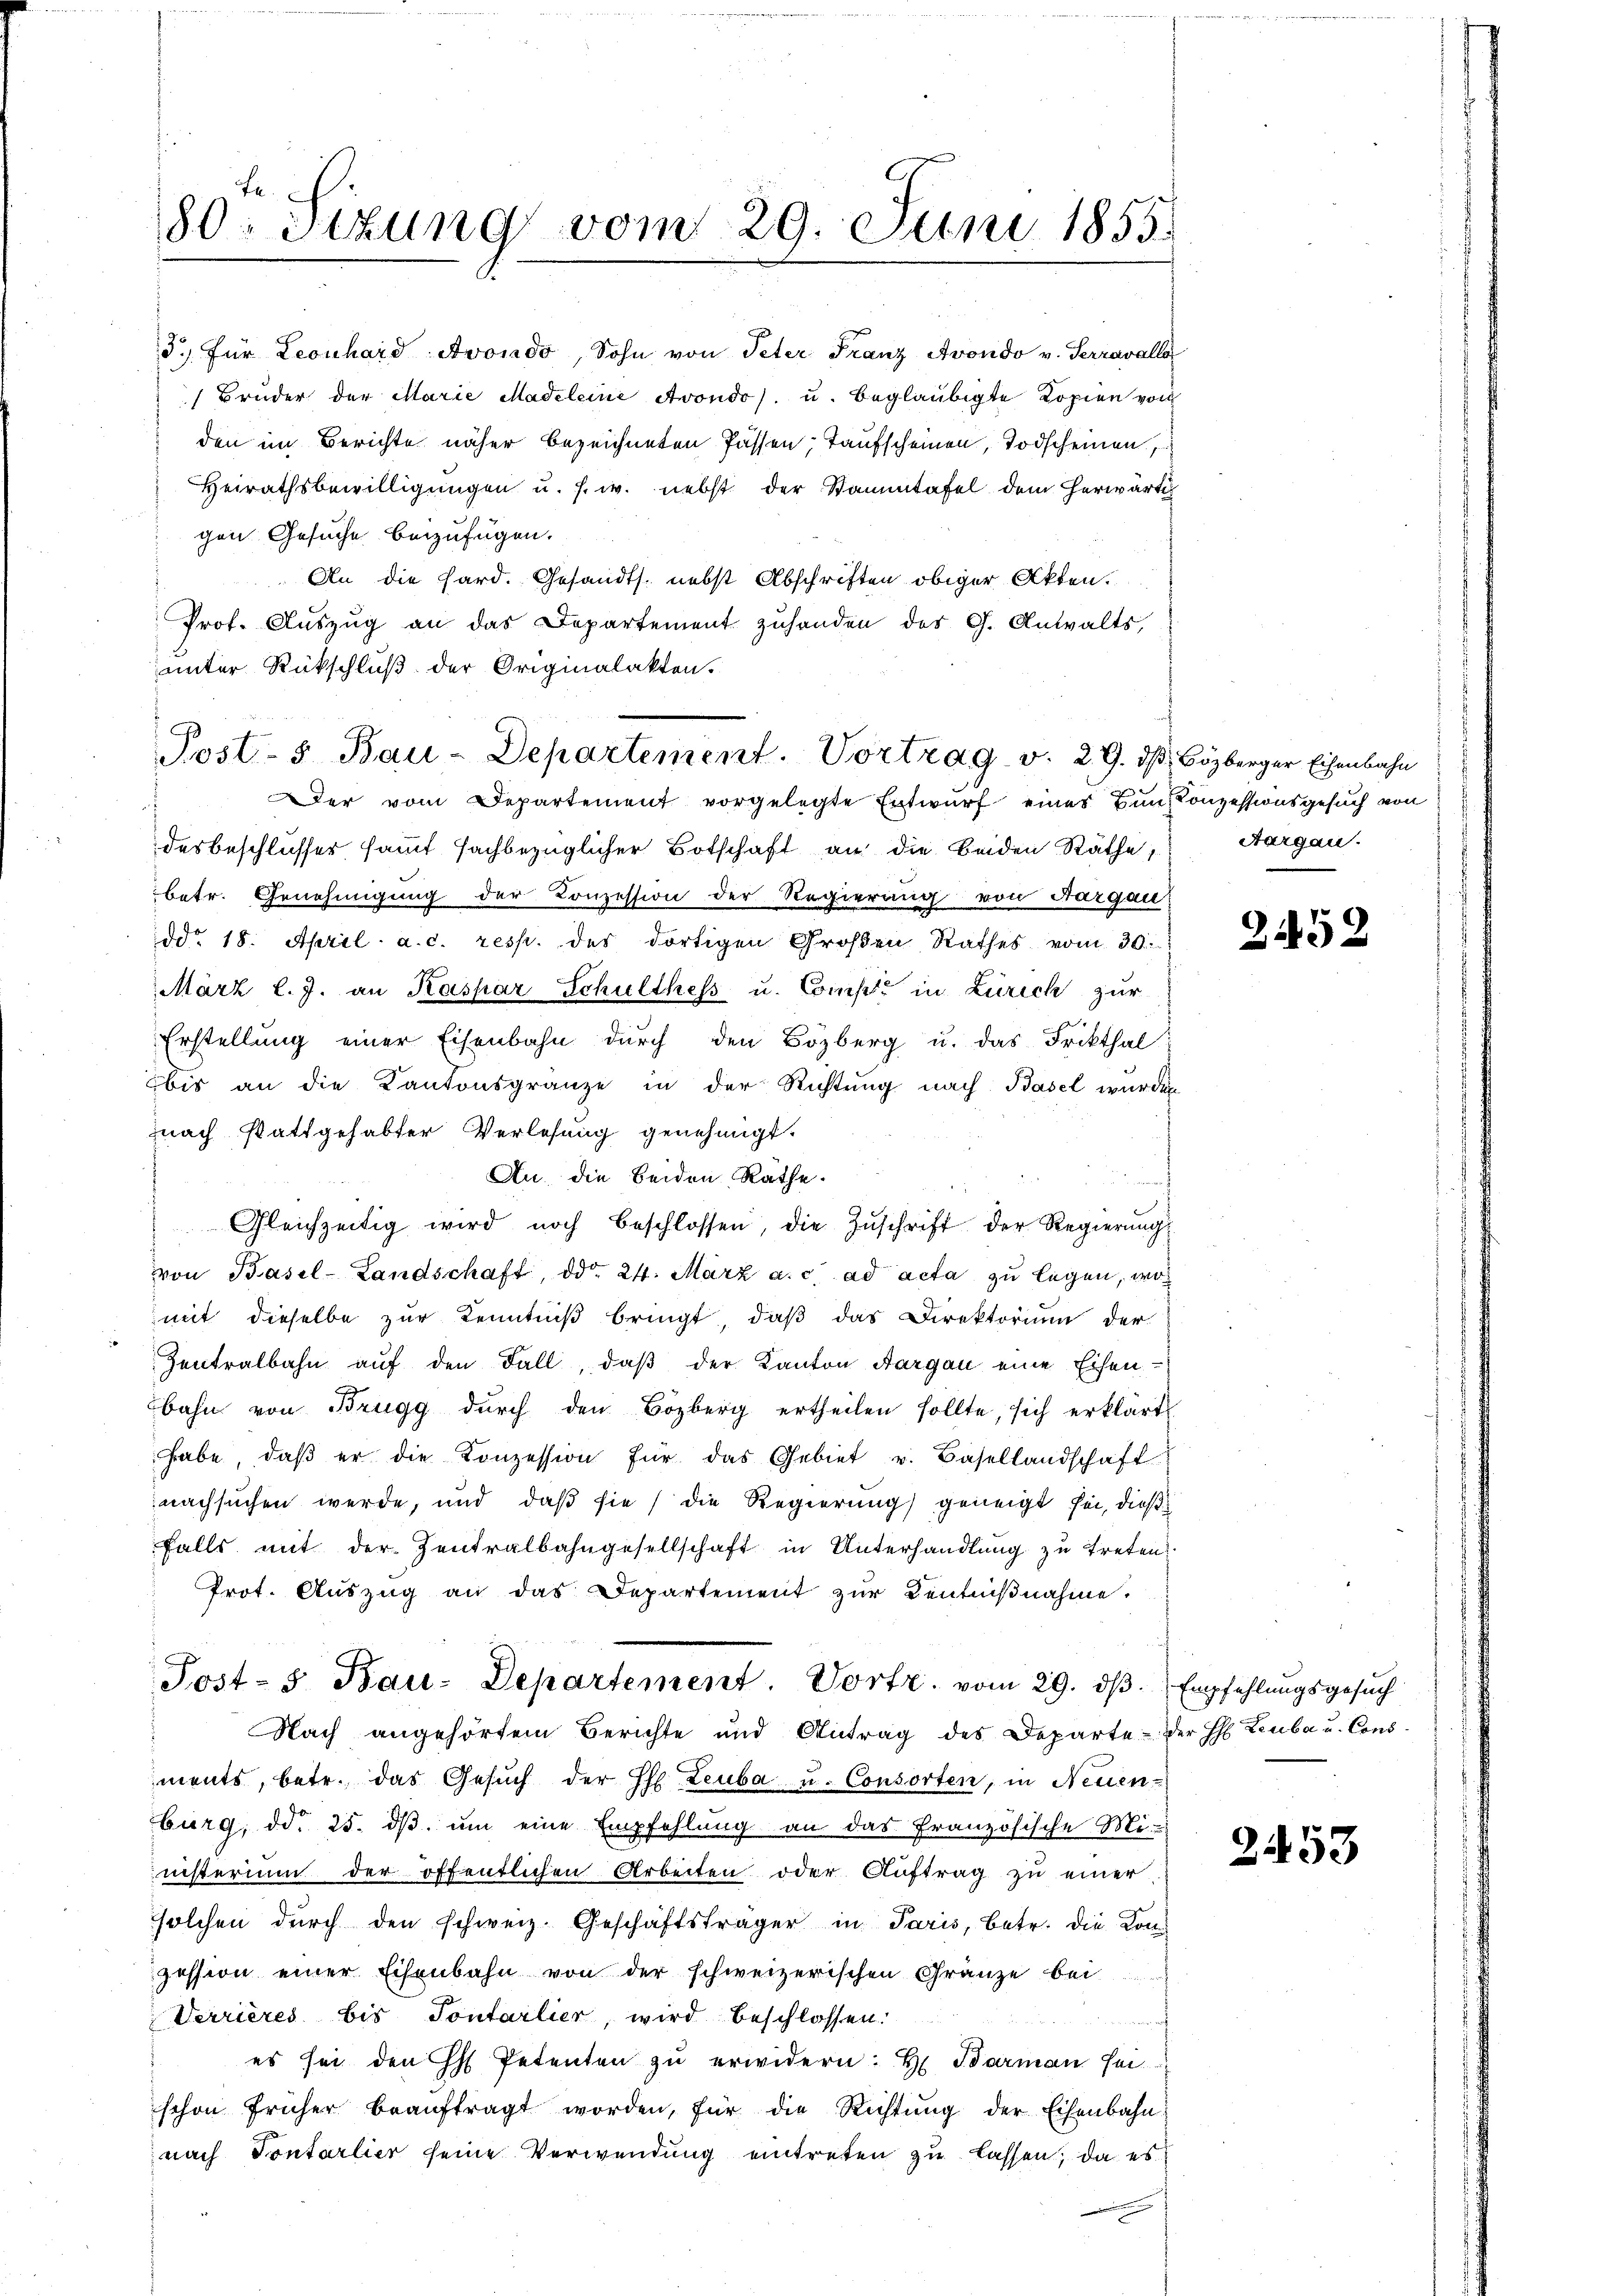
Le.
80. Sizung vom 29. Juni 1855.

5. für Leonhard Avondo, Sohn von Peter Franz Avondo v. Terravalla
 Brüder der Marie Madeleine Avondo u. beglaubigte Kopien von
den im Berichte näher bezeichneten Passen, Taufscheinen, Todscheinen,
Heirathsbewilligungen u. s. w. nebst der Stammtafel dem herwärti
gen Gesuche beizufügen.
An die Hard. Gesandts. nebst Abschriften obiger Akten.
Prot. Auszug an das Departement zuhanden des G. Anwalts,
unter Rückschluß der Originalakten.

Post- 5. Bau-Departement. Vortrag v. 29. d.
 Der vom Departement vorgelegte Entwurf eines Bunkonzessionsgesuch von

desbeschlüsser sammt sachbezüglicher Botschaft an die beiden Räthe,
betr. Genehmigung der Conzession der Regierung von Aargau
ddo 18. April a. c. resp. des dortigen Großen Rathes vom 30.
März l. J. an Kaspar Schulthess u. Compt in Zürich zur
Erstellung einer Eisenbahn durch den Bözberg u. das Frikthal
bis an die Kantonsgränze in der Richtung nach Basel wurden
nach stattgehabter Verlesung genehmigt.
An die beiden Räthe.
i
Gleichzeitig wird noch beschlossen, die Zuschrift der Regierungs
von Basel-Landschaft, ddo 24. März a. c. ad acta zu legen, wo
mit dieselbe zur Kenntniß bringt, daß das Direktorium der
Zentralbahn aŭf den Fall, daβ der Kanton Aargau eine Eisen-
bahn von Brugg dŭrch den Bözberg ertheilen sollte, sich erklärt
habe, daβ er die Konzession für das Gebiet u. Basellandschaft
nachsuchen werde, und daß sie die Regierung geneigt sei, dießfalls mit der Zentralbahngesellschaft in Unterhandlung zu treten
Prot. Aŭszŭg an das Departement zŭr Kentniβnahme.
Post- s. Bau-Departement. Vortr. vom 29. dβ. Empfehlungsgesŭch
Nach angehörtem Berichte und Antrag des Departe - der H. Leuba u. Consments, betr. das Gesuch der Pf. Leuba u. Consorten, in Neuen-
burg, ddo 25. dβ. um eine Empfehlung an das französische Mi
inisterium der öffentlichen Arbeiten oder Auftrag zu einer
solchen durch den schweiz. Geschäftsträger in Paris, betr. die Kons
zession einer Eisenbahn von der schweizerischen Gränze bei
Verrieres bis Pontarlier, wird beschlossen:
h
es sei den h Petenten zŭ erwidern: H. Barman sei
schon früher beaŭftragt worden, für die Richtŭng der Eisenbahn-
nach Sontarlier seine Verwendung eintreten zu lassen, da es

I Bözberger Eisenbahn
Aargau.

2.452

253